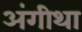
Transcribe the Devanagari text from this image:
अंगीथा